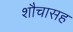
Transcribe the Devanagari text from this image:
शौचासह